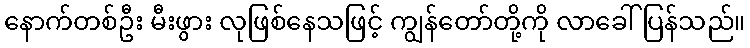
နောက်တစ်ဦး မီးဖွား လုဖြစ်နေသဖြင့် ကျွန်တော်တို့ကို လာခေါ်ပြန်သည်။